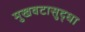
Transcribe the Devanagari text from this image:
मुखवटासुद्धा